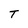
Character: T